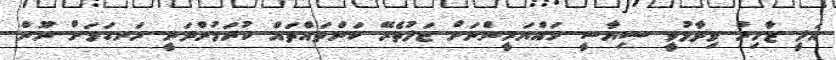
އަލީ ޒާހިރު ވިދާޅުވީ ސިޔާސީ ހައްޔަރީންނަށް ޖަލުތެރޭ ކަންތައްތައް ކުރަމުންދަނީ ރަނގަޅަށް ނޫން